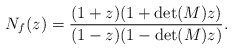
\begin{align*} N_f(z)=\dfrac{(1+z)(1+\det(M)z)} {(1-z)(1-\det(M)z)}. \end{align*}